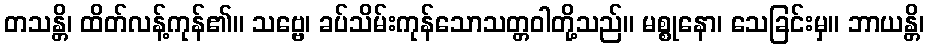
တသန္တိ၊ ထိတ်လန့်ကုန်၏။ သဗ္ဗေ၊ ခပ်သိမ်းကုန်သောသတ္တဝါတို့သည်။ မစ္စုနော၊ သေခြင်းမှ။ ဘာယန္တိ၊